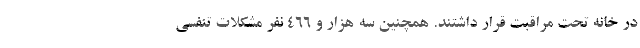
در خانه تحت مراقبت قرار داشتند. همچنین سه هزار و ۴۶۶ نفر مشکلات تنفسی